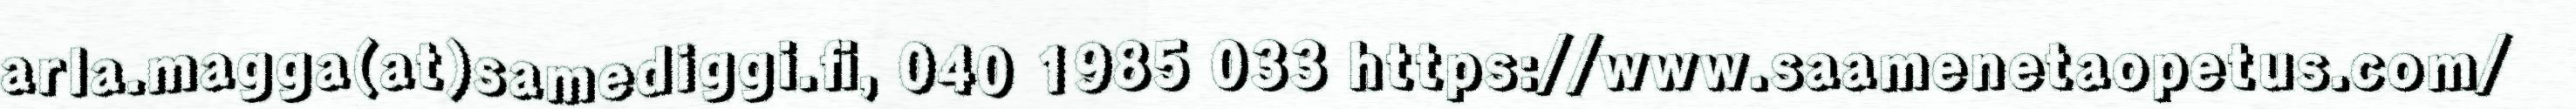
arla.magga(at)samediggi.fi, 040 1985 033 https://www.saamenetaopetus.com/